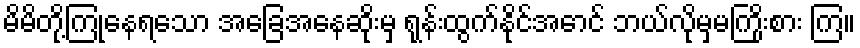
မိမိတို့ကြုံနေရသော အခြေအနေဆိုးမှ ရုန်းထွက်နိုင်အောင် ဘယ်လိုမှမကြိုးစား ကြ။